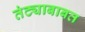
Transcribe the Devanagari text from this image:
तंट्याबाबत